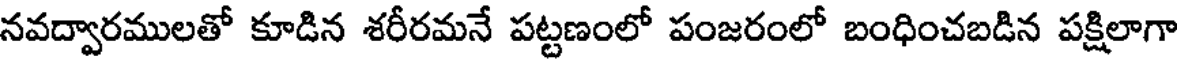
నవద్వారములతో కూడిన శరీరమనే పట్టణంలో పంజరంలో బంధించబడిన పక్షిలాగా